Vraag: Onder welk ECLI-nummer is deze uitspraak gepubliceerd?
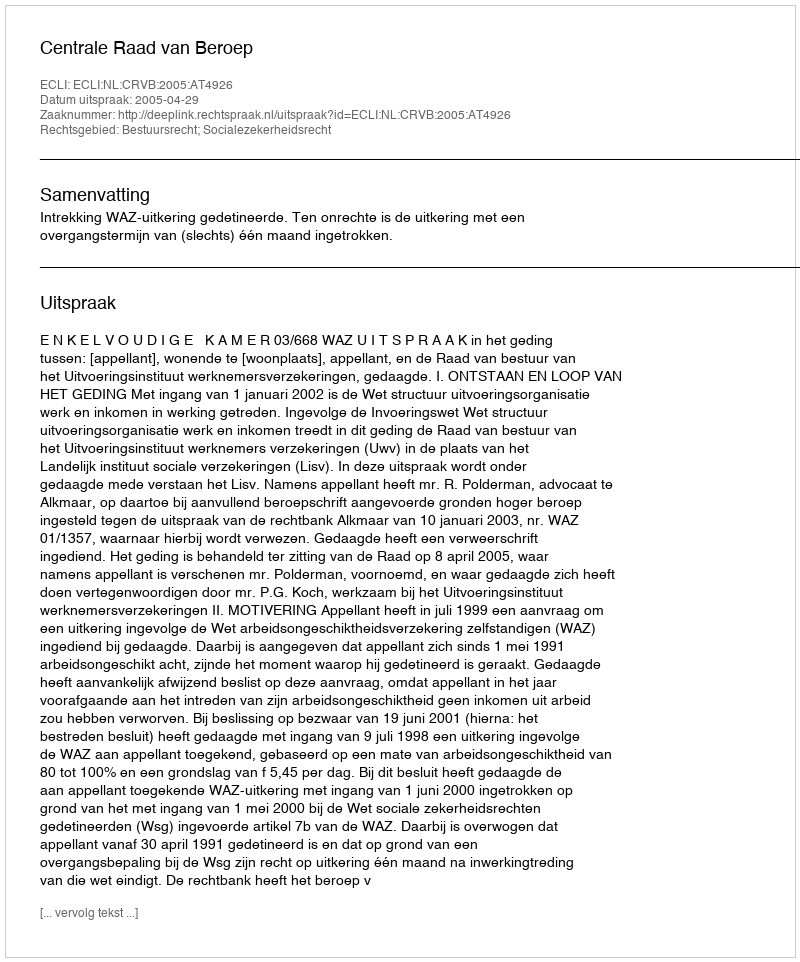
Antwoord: ECLI:NL:CRVB:2005:AT4926